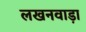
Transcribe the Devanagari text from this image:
लखनवाड़ा